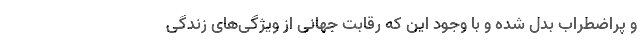
و پراضطراب بدل شده و با وجود این که رقابت جهانی از ویژگی‌های زندگی